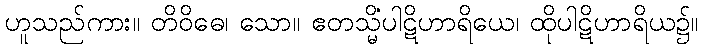
ဟူသည်ကား။ တိဝိဓေ၊ သော။ ဧတသ္မိံပါဋိဟာရိယေ၊ ထိုပါဋိဟာရိယ၌။